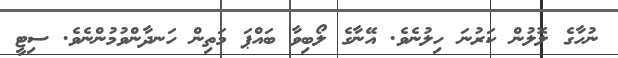
ނުހާގެ ލޮލުން ކަރުނަ ހިލުނެވެ. އޭނާގެ ލޯބިވާ ބައްޕަ މަތިން ހަނދާންވުމުންނެވެ. ސިޓީ